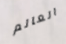
العالم